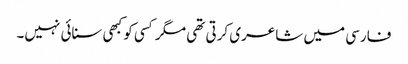
فارسی میں شاعری کرتی تھی مگر کسی کو کبھی سنائی نہیں۔